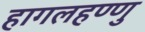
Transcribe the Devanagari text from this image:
हागलहण्णु